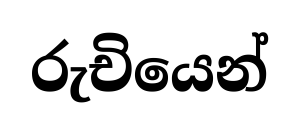
රුචියෙන්